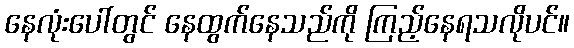
နေလုံးပေါ်တွင် နေထွက်နေသည်ကို ကြည့်နေရသလိုပင်။